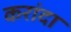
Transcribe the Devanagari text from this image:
करांदा